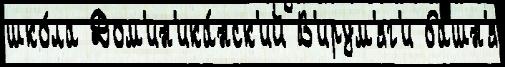
шко́ла Дом'ин'ика́нск'ий В'ирум'яг'и ба́шн'я